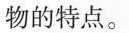
物的特点。